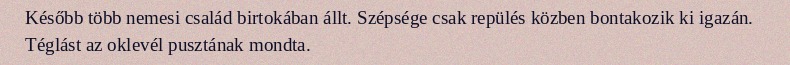
Később több nemesi család birtokában állt. Szépsége csak repülés közben bontakozik ki igazán. Téglást az oklevél pusztának mondta.